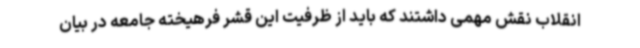
انقلاب نقش مهمی داشتند که باید از ظرفیت این قشر فرهیخته جامعه در بیان